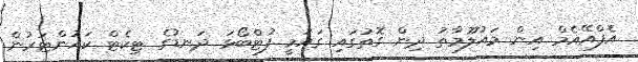
އެފްއޭއެމް އިން މައުލޫމާތު ދިން ގޮތުގައި ގައުމީ ފުޓްބޯޅަ ދަނޑުގެ ޓިކެޓް ކައުންޓަރުން